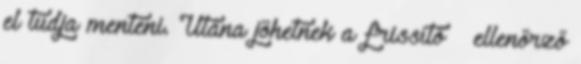
el tudja menteni. Utána jöhetnek a frissítő – ellenőrző